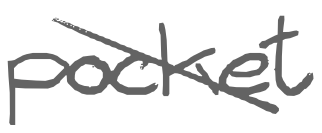
Text: pocket
Cross-out: diagonal
Writing tool: digital_gray